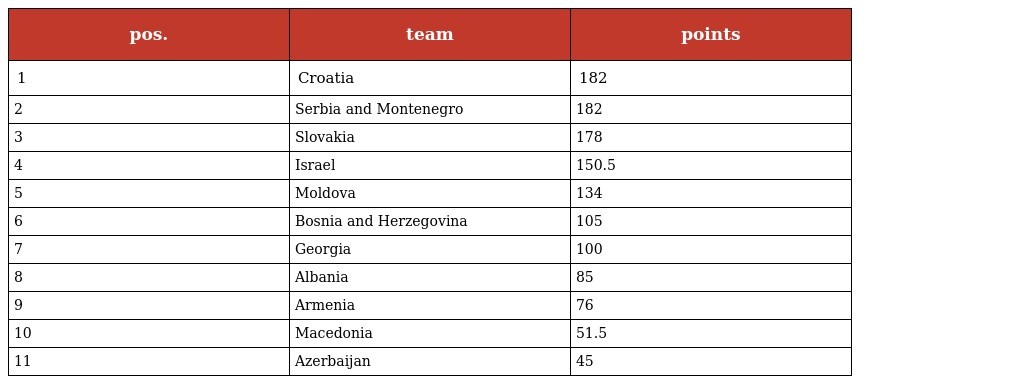
| pos. | team | points |
 | --- | --- | --- |
 | 1 | Croatia | 182 |
 | 2 | Serbia and Montenegro | 182 |
 | 3 | Slovakia | 178 |
 | 4 | Israel | 150.5 |
 | 5 | Moldova | 134 |
 | 6 | Bosnia and Herzegovina | 105 |
 | 7 | Georgia | 100 |
 | 8 | Albania | 85 |
 | 9 | Armenia | 76 |
 | 10 | Macedonia | 51.5 |
 | 11 | Azerbaijan | 45 |